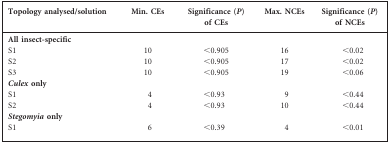
<table><thead><tr><td><b>Topology analysed/solution</b></td><td><b>Min. CEs</b></td><td><b>Significance (<i>P</i>) of CEs</b></td><td><b>Max. NCEs</b></td><td><b>Significance (<i>P</i>) of NCEs</b></td></tr></thead><tbody><tr><td><b>All insect-specific</b></td><td></td><td></td><td></td><td></td></tr><tr><td>S1</td><td>10</td><td>&lt;0.905</td><td>16</td><td>&lt;0.02</td></tr><tr><td>S2</td><td>10</td><td>&lt;0.905</td><td>17</td><td>&lt;0.02</td></tr><tr><td>S3</td><td>10</td><td>&lt;0.905</td><td>19</td><td>&lt;0.06</td></tr><tr><td><b><i>Culex</i> only</b></td><td></td><td></td><td></td><td></td></tr><tr><td>S1</td><td>4</td><td>&lt;0.93</td><td>9</td><td>&lt;0.44</td></tr><tr><td>S2</td><td>4</td><td>&lt;0.93</td><td>10</td><td>&lt;0.44</td></tr><tr><td><b><i>Stegomyia</i> only</b></td><td></td><td></td><td></td><td></td></tr><tr><td>S1</td><td>6</td><td>&lt;0.39</td><td>4</td><td>&lt;0.01</td></tr></tbody></table>